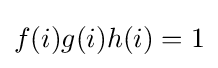
f(i)g(i)h(i)=1